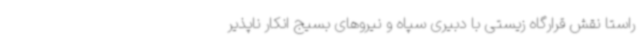
راستا نقش قرارگاه زیستی با دبیری سپاه و نیروهای بسیج انکار ناپذیر